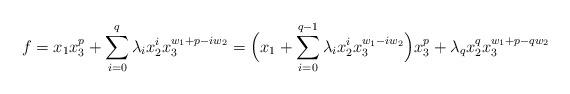
LaTeX: \begin{align*}f=x_1x_3^p+\sum_{i=0}^q\lambda_ix_2^ix_3^{w_1+p-iw_2}=\Bigl(x_1+\sum_{i=0}^{q-1}\lambda_ix_2^ix_3^{w_1-iw_2}\Bigr)x_3^p+\lambda_qx_2^qx_3^{w_1+p-qw_2}\end{align*}